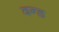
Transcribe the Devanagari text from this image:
दन्ड